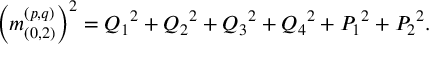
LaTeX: \left( m _ { ( 0 , 2 ) } ^ { ( p , q ) } \right) ^ { 2 } = { Q _ { 1 } } ^ { 2 } + { Q _ { 2 } } ^ { 2 } + { Q _ { 3 } } ^ { 2 } + { Q _ { 4 } } ^ { 2 } + { P _ { 1 } } ^ { 2 } + { P _ { 2 } } ^ { 2 } .